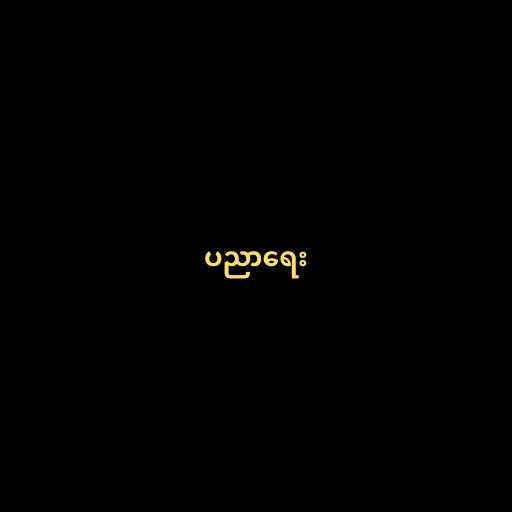
ပညာရေး